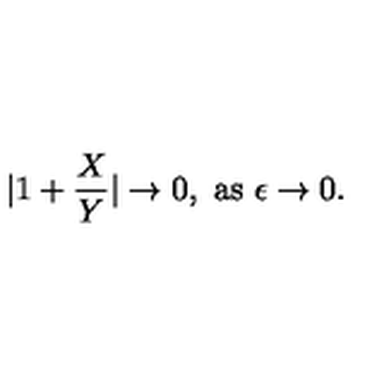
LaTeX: | 1 + { \frac { X } { Y } } | \to 0 , \ \mathrm { a s } \ \epsilon \to 0 .